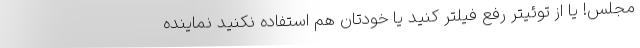
مجلس! یا از توئیتر رفع فیلتر کنید یا خودتان هم استفاده نکنید نماینده